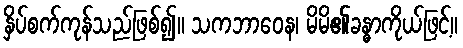
နှိပ်စက်ကုန်သည်ဖြစ်၍။ သကဘာဝေန၊ မိမိ၏ခန္ဓာကိုယ်ဖြင့်။